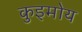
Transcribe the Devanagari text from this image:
कुइमोय